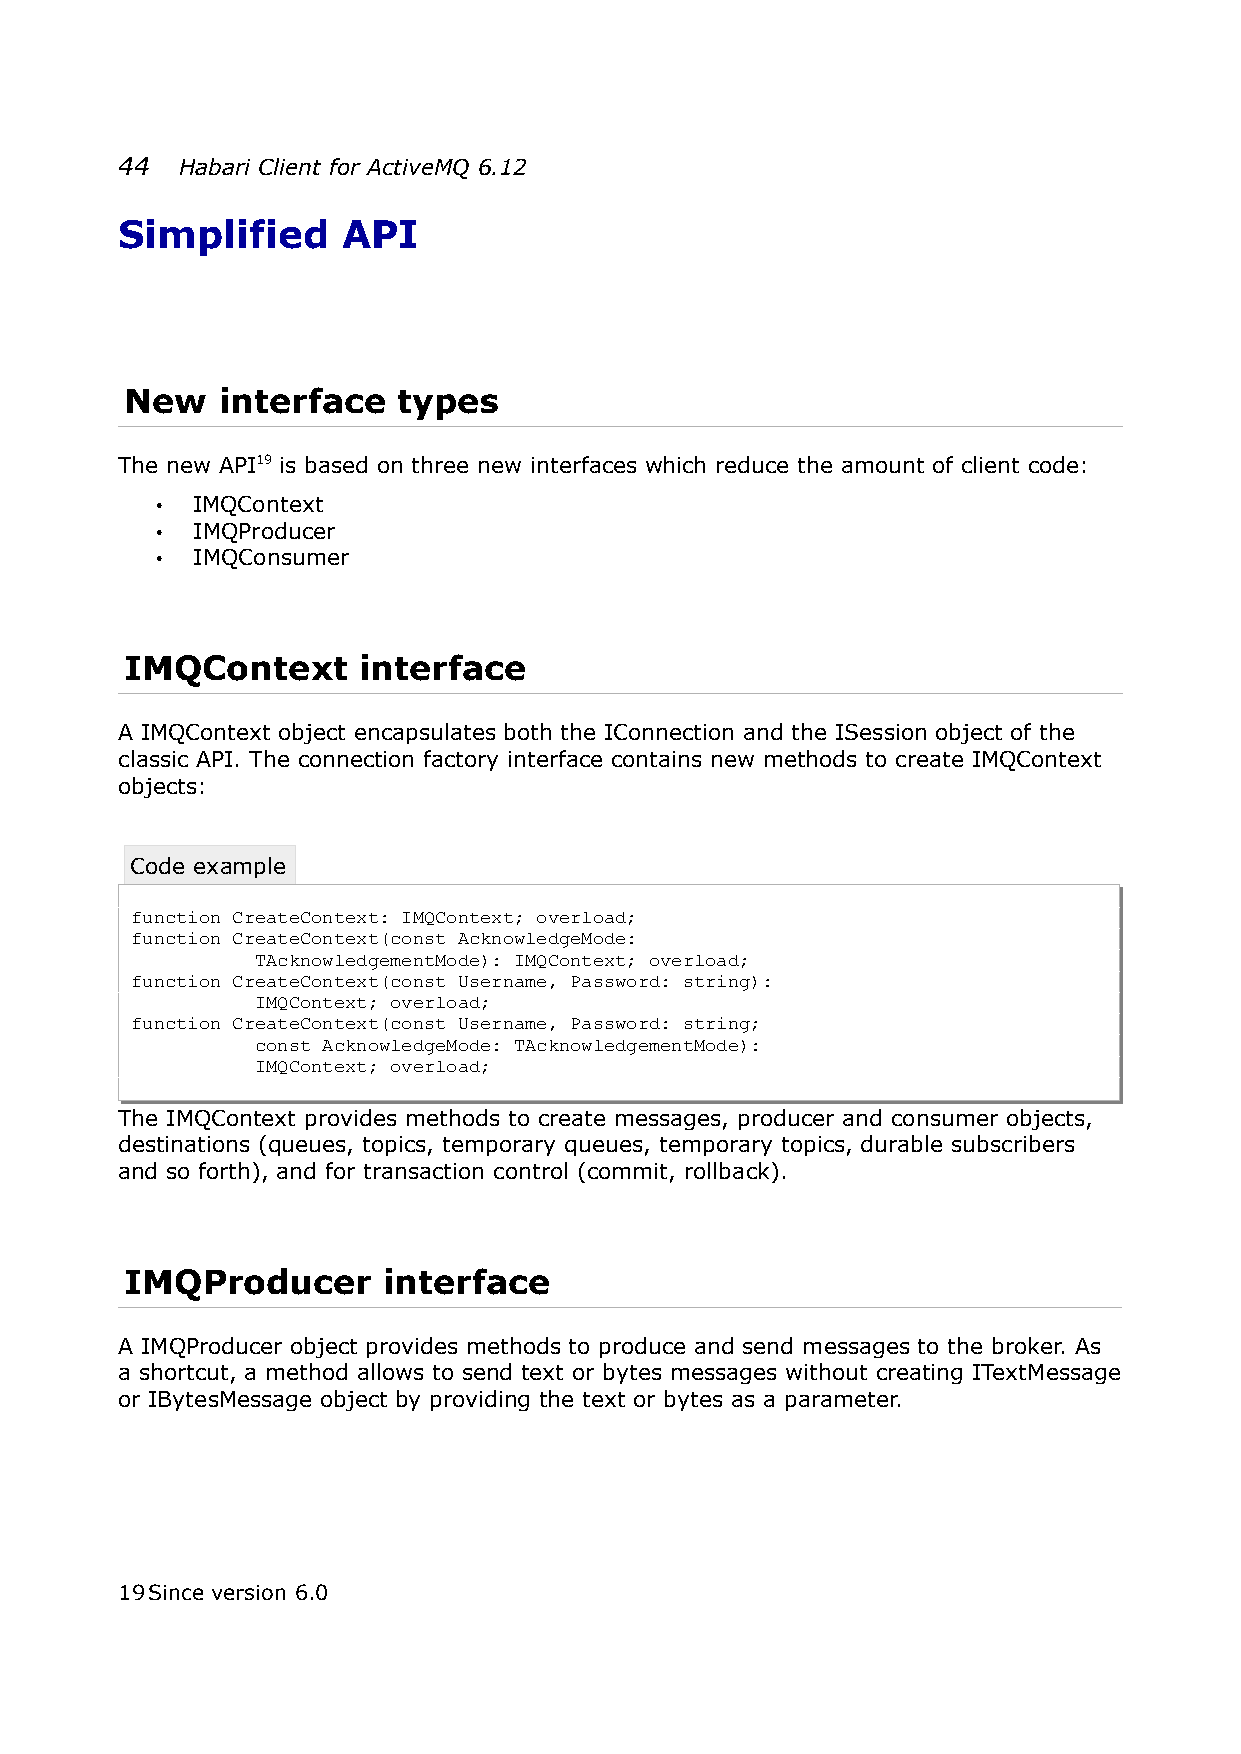
44  Habari Client for ActiveMQ 6.12
 Simplified     API
 New   interface   types
 The new API19 is based on three new interfaces which reduce the amount of client code:
 •  IMQContext
 •  IMQProducer
 •  IMQConsumer
 IMQContext      interface
 A IMQContext object encapsulates both the IConnection and the ISession object of the
 classic API. The connection factory interface contains new methods to create IMQContext
 objects:
 Code example
 function CreateContext: IMQContext; overload;
 function CreateContext(const AcknowledgeMode:
 TAcknowledgementMode): IMQContext; overload;
 function CreateContext(const Username, Password: string):
 IMQContext; overload;
 function CreateContext(const Username, Password: string;
 const AcknowledgeMode: TAcknowledgementMode):
 IMQContext; overload;
 The IMQContext provides methods to create messages, producer and consumer objects,
 destinations (queues, topics, temporary queues, temporary topics, durable subscribers
 and so forth), and for transaction control (commit, rollback).
 IMQProducer      interface
 A IMQProducer object provides methods to produce and send messages to the broker. As
 a shortcut, a method allows to send text or bytes messages without creating ITextMessage
 or IBytesMessage object by providing the text or bytes as a parameter.
 19Since version 6.0